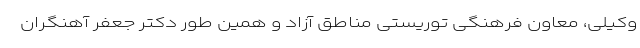
وکیلی، معاون فرهنگی توریستی مناطق آزاد و همین طور دکتر جعفر آهنگران